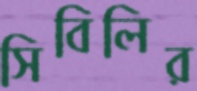
সিবিলির